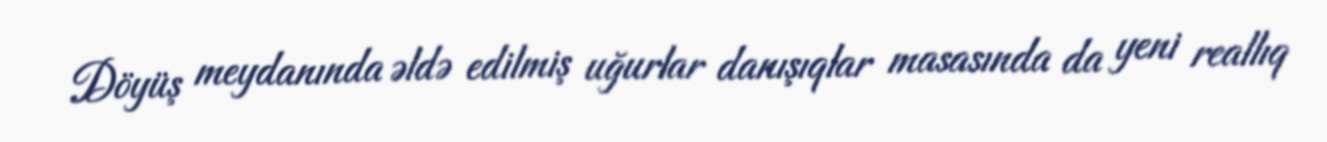
Döyüş meydanında əldə edilmiş uğurlar danışıqlar masasında da yeni reallıq